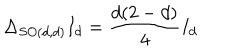
\Delta _ { S O ( d , d ) } I _ { d } = \frac { d ( 2 - d ) } { 4 } I _ { d }